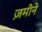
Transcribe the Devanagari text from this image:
ज़मीने